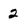
Character: 2